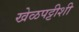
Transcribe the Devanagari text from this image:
खेळपट्टीशी